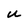
Character: U